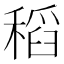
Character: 稻